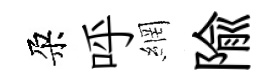
朶呼網隃